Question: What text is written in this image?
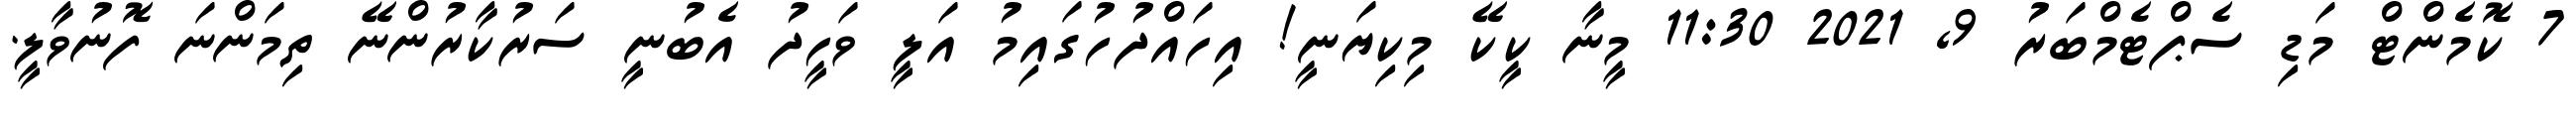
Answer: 7 ކޮމެންޓް މަޑި ސެޕްޓެމްބަރު 9, 2021 11:30 މީނާ ކީކޭ މިކިޔަނީ! އިހައްދުހުގައިމު އަލީ ވަހީދު އެބުނީ ސަރުކާރުންނޭ ތިމަންނަ ފޮނުވާލީ.